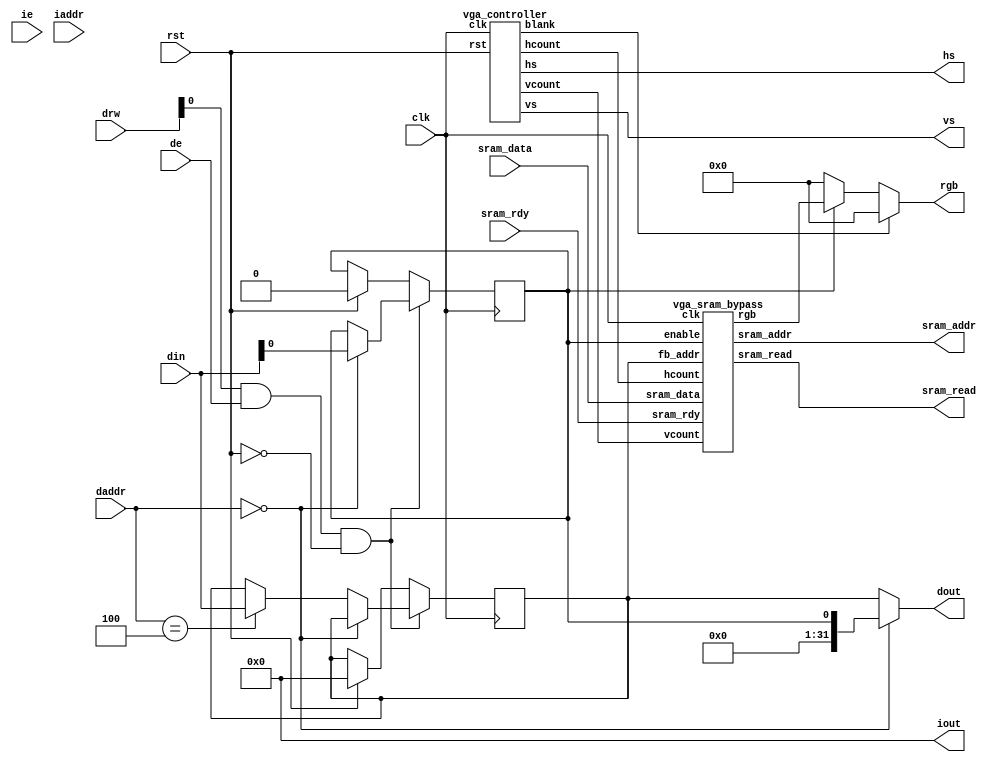
/* 

David Fritz and Brian Gordon 

VGA module, framebuffer, and signal generator

Memory map:

0xf0400000 - control register
0xf0400004 - frame buffer pointer

*/

module mod_vga(rst, clk, ie, de, iaddr, daddr, drw, din, iout, dout, rgb, hs, vs, sram_data, sram_addr, sram_read, sram_rdy);
        input rst;
        input clk;
        input ie,de;
        input [31:0] iaddr, daddr;
        input [1:0] drw;
        input [31:0] din;
        output [31:0] iout, dout;
        output [7:0] rgb;
	output hs, vs;
	input [31:0] sram_data;
	output [31:0] sram_addr;
	output sram_read;
	input sram_rdy;

        /* by spec, the iout and dout signals must go hiZ when we're not using them */
        wire [31:0] idata, ddata;
        assign iout = idata;
        assign dout = ddata;

	assign idata = 32'h00000000;

	wire [7:0] eff_rgb;
	wire [10:0] hcount, vcount;
	wire blank;

	reg enable = 0 ;
	reg [31:0] fb_pointer;
	
	assign ddata = daddr == 32'h00000000 ? {31'h00000000,enable} : fb_pointer; 

	/* the vga controller */
	vga_controller vga(clk, rst, hs, vs, blank, hcount, vcount);
	vga_sram_bypass bypass(clk, enable, fb_pointer, hcount, vcount, eff_rgb, sram_data, sram_addr, sram_read, sram_rdy);

	always @(negedge clk) begin
		if (drw[0] && de && !rst) begin
			if (daddr == 32'h00000000)
				enable <= din[0];
			else if (daddr == 32'h00000004)
				fb_pointer <= din;
		end else if (rst) begin
			enable <= 0;
			fb_pointer <= 32'h00000000;
		end
	end			

	assign rgb = (blank) ? 0 : 
		     (enable) ? eff_rgb : 0;
endmodule

module vga_controller (clk, rst, hs, vs, blank, hcount, vcount);

  input             clk, rst;
  output 	        hs, vs;
  output reg 		  blank;
  output reg [10:0] hcount, vcount;
  reg        [10:0] hcounter, vcounter;
  
  parameter H_FRONTPORCH = 16;
  parameter H_BACKPORCH  = 48;
  parameter H_PULSEWIDTH = 96;
  parameter H_PERIOD     = 800;
  
  parameter V_FRONTPORCH = 10;
  parameter V_BACKPORCH  = 29;
  parameter V_PULSEWIDTH = 2;
  parameter V_PERIOD     = 521;
    
  assign hs = (hcounter < H_PULSEWIDTH) ? 0 : 1;
  assign vs = (vcounter < V_PULSEWIDTH) ? 0 : 1;
   
  always @(negedge clk) begin
	if (rst) begin
		hcount   = 0;
		vcount   = 0;
		hcounter = 0;
		vcounter = 0;
		blank    = 1;
	end
  
    // blank signal
    blank = (hcounter >= H_PULSEWIDTH + H_BACKPORCH && 
             hcounter <  H_PERIOD - H_FRONTPORCH &&
             vcounter >= V_PULSEWIDTH + V_BACKPORCH &&
             vcounter <  V_PERIOD - V_FRONTPORCH)
             ? 0 : 1;
             
    //hcount = (blank) ? 0 : hcount + 1;
    //Vcount = (blank) ? 0 : Vcount + 1;
             
    hcounter = hcounter + 1;
    if (hcounter == H_PERIOD) begin
      hcounter = 0;
      vcounter = (vcounter == V_PERIOD) ? 0 : vcounter + 1;
    end

    hcount = ((hcounter >= H_PULSEWIDTH + H_BACKPORCH) && 
              (hcounter <  H_PERIOD - H_FRONTPORCH))
              ? (hcounter - H_PULSEWIDTH) - H_BACKPORCH : 0;
              
    vcount = ((vcounter >= V_PULSEWIDTH + V_BACKPORCH) &&
              (vcounter <  V_PERIOD - V_FRONTPORCH))
              ? (vcounter - V_PULSEWIDTH) - V_BACKPORCH : 0;

  end
endmodule

module vga_sram_bypass (clk, enable, fb_addr, hcount, vcount, rgb, sram_data, sram_addr, sram_read, sram_rdy);
	input clk, enable;
	input [31:0] fb_addr;
	input [10:0] hcount, vcount;
	output [7:0] rgb;
	input [31:0] sram_data;
	output [31:0] sram_addr;
	output sram_read;
	input sram_rdy;

	/* we use four smaller brams instead of one large one to prevent
	 * routing issues with xilinx that appear when brams are in the same clb as
	 * a multiplier, which we also have here */
	reg [31:0] buffer [159:0]; /* our buffer */

	reg [31:0] vcount_current = 0;
	reg [9:0] pos = 640;

	/* we use hcount to index into the buffer */
	assign rgb = 
		hcount[1:0] == 2'b00 ? buffer[(hcount-1)>>2][7:0] :
		hcount[1:0] == 2'b01 ? buffer[hcount>>2][31:24] :
		hcount[1:0] == 2'b10 ? buffer[hcount>>2][23:16]  :
		hcount[1:0] == 2'b11 ? buffer[hcount>>2][15:8] : 0;

	assign sram_addr = fb_addr + (vcount_current * 640) + pos;
	assign sram_read = (pos != 640 && enable);

	always @(posedge clk) begin
		if (vcount_current != vcount) begin /* a new line is starting, let's refill our buffer */
			vcount_current <= vcount;
			pos <= 0;
		end
		if (pos != 640 && sram_rdy) begin
			pos <= pos + 4;
			buffer[pos>>2] <= sram_data;
		end
	end
endmodule